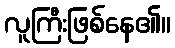
လူကြီးဖြစ်နေ၏။